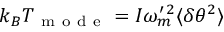
k _ { B } T _ { \mathrm { ~ m ~ o ~ d ~ e ~ } } = I \omega _ { m } ^ { \prime \, 2 } \langle \delta \theta ^ { 2 } \rangle